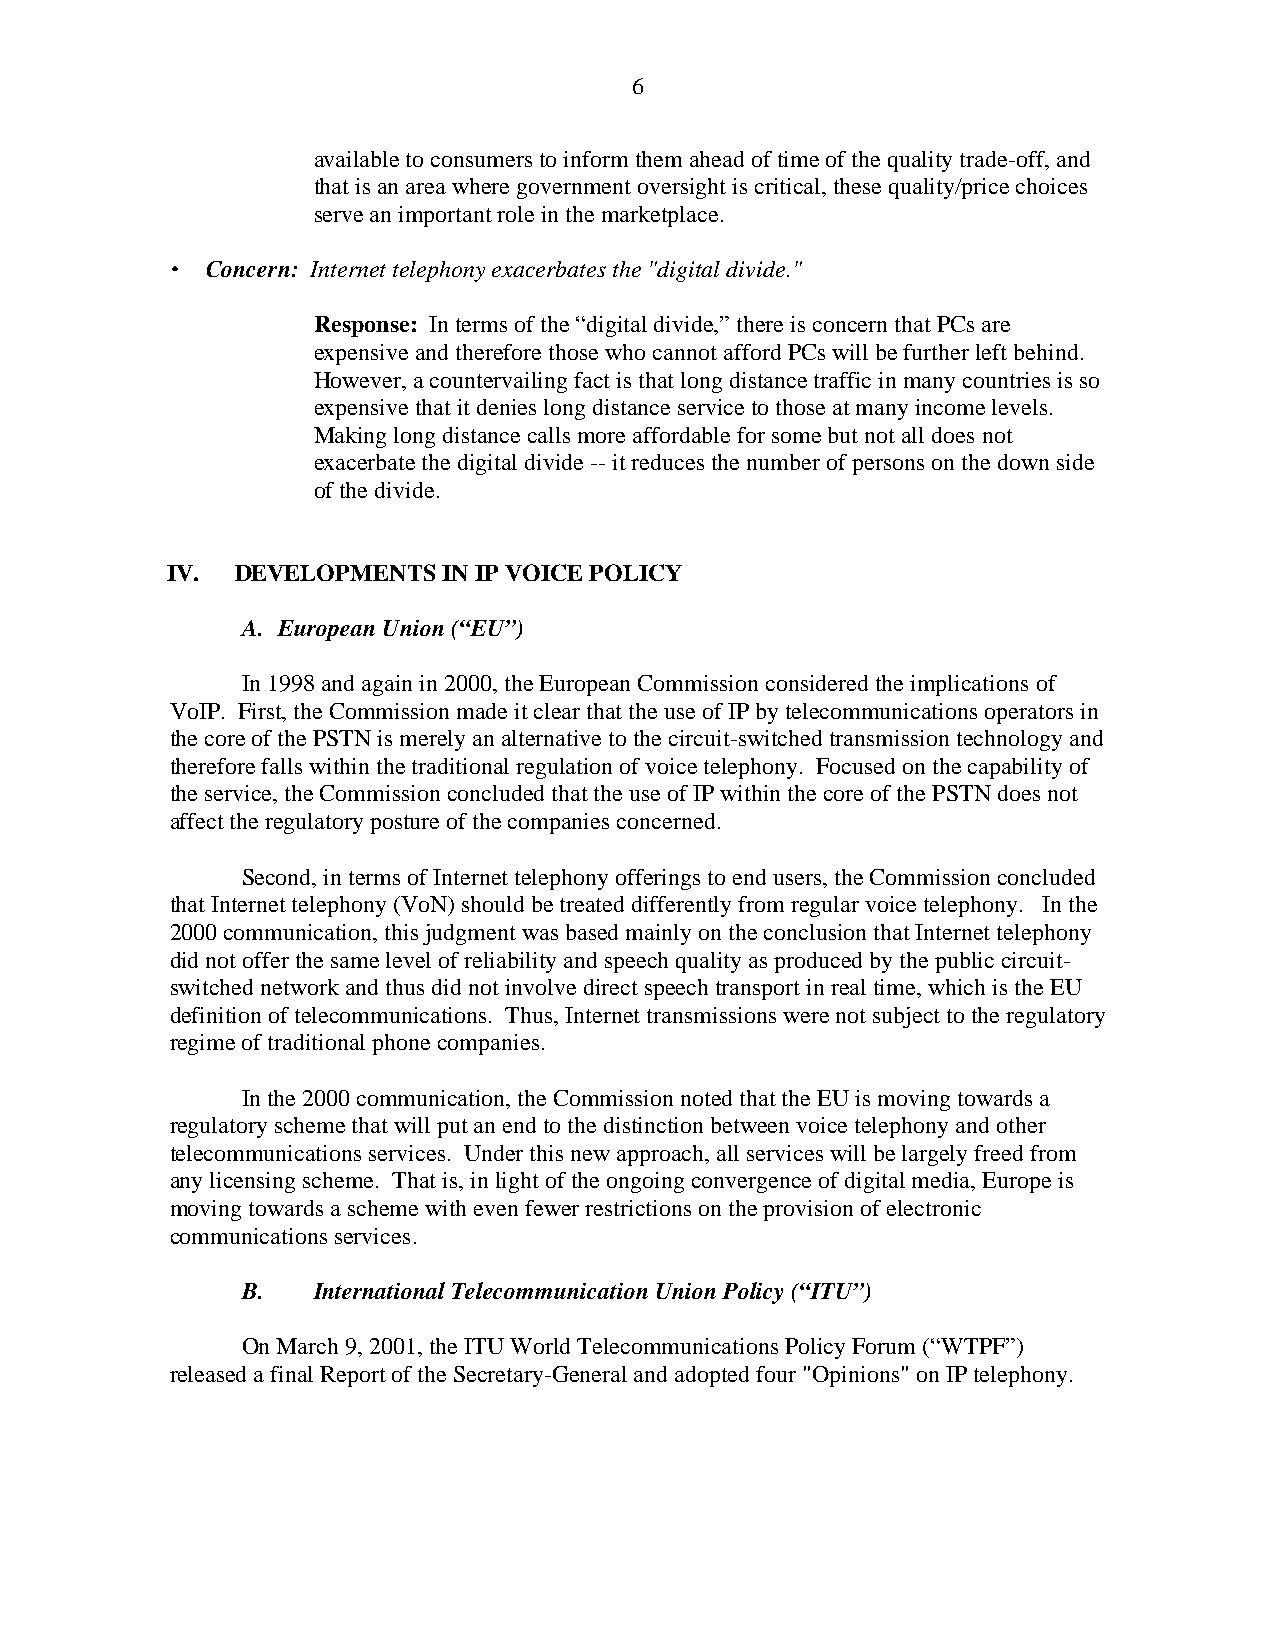
6
 available to consumers to inform them ahead of time of the quality trade-off, and
 that is an area where government oversight is critical, these quality/price choices
 serve an important role in the marketplace.
 •  Concern: Internet telephony exacerbates the "digital divide."
 Response: In terms of the “digital divide,” there is concern that PCs are
 expensive and therefore those who cannot afford PCs will be further left behind.
 However, a countervailing fact is that long distance traffic in many countries is so
 expensive that it denies long distance service to those at many income levels.
 Making long distance calls more affordable for some but not all does not
 exacerbate the digital divide -- it reduces the number of persons on the down side
 of the divide.
 IV.  DEVELOPMENTS IN IP VOICE POLICY
 A. European Union (“EU”)
 In 1998 and again in 2000, the European Commission considered the implications of
 VoIP. First, the Commission made it clear that the use of IP by telecommunications operators in
 the core of the PSTN is merely an alternative to the circuit-switched transmission technology and
 therefore falls within the traditional regulation of voice telephony. Focused on the capability of
 the service, the Commission concluded that the use of IP within the core of the PSTN does not
 affect the regulatory posture of the companies concerned.
 Second, in terms of Internet telephony offerings to end users, the Commission concluded
 that Internet telephony (VoN) should be treated differently from regular voice telephony. In the
 2000 communication, this judgment was based mainly on the conclusion that Internet telephony
 did not offer the same level of reliability and speech quality as produced by the public circuit-
 switched network and thus did not involve direct speech transport in real time, which is the EU
 definition of telecommunications. Thus, Internet transmissions were not subject to the regulatory
 regime of traditional phone companies.
 In the 2000 communication, the Commission noted that the EU is moving towards a
 regulatory scheme that will put an end to the distinction between voice telephony and other
 telecommunications services. Under this new approach, all services will be largely freed from
 any licensing scheme. That is, in light of the ongoing convergence of digital media, Europe is
 moving towards a scheme with even fewer restrictions on the provision of electronic
 communications services.
 B.   International Telecommunication Union Policy (“ITU”)
 On March 9, 2001, the ITU World Telecommunications Policy Forum (“WTPF”)
 released a final Report of the Secretary-General and adopted four "Opinions" on IP telephony.